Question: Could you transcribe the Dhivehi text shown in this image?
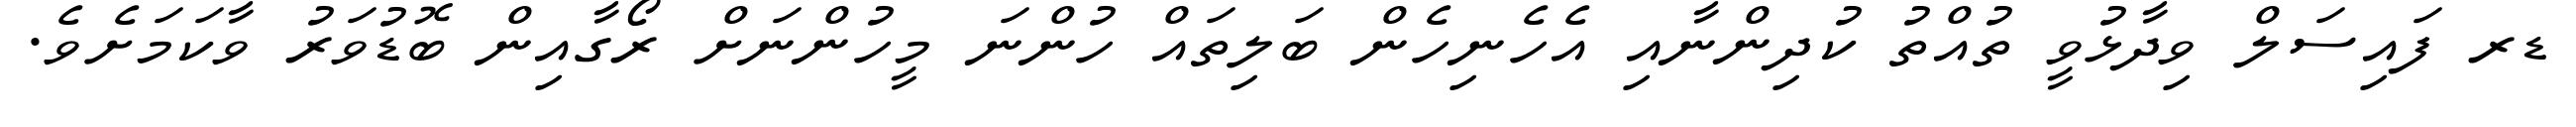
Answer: ޑރ ފައިސަލް ވިދާޅުވީ ތުއްތު ކުދިންނާއި އެހެނިހެން ބަލިތައް ހުންނަ މީހުންނަށް ރޯގާއިން ބޮޑުވަރު ވާކަމަށެވެ.